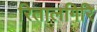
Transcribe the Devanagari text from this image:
रितालगिरि